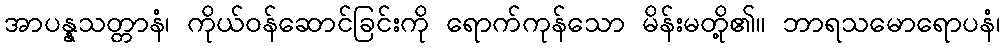
အာပန္နသတ္တာနံ၊ ကိုယ်ဝန်ဆောင်ခြင်းကို ရောက်ကုန်သော မိန်းမတို့၏။ ဘာရသမောရောပနံ၊